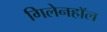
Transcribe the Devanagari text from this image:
गिलेनहाॅल